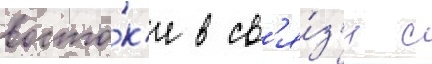
восто́к'е в св'я́з'и с